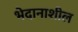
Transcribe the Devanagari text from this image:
भेदानाशील